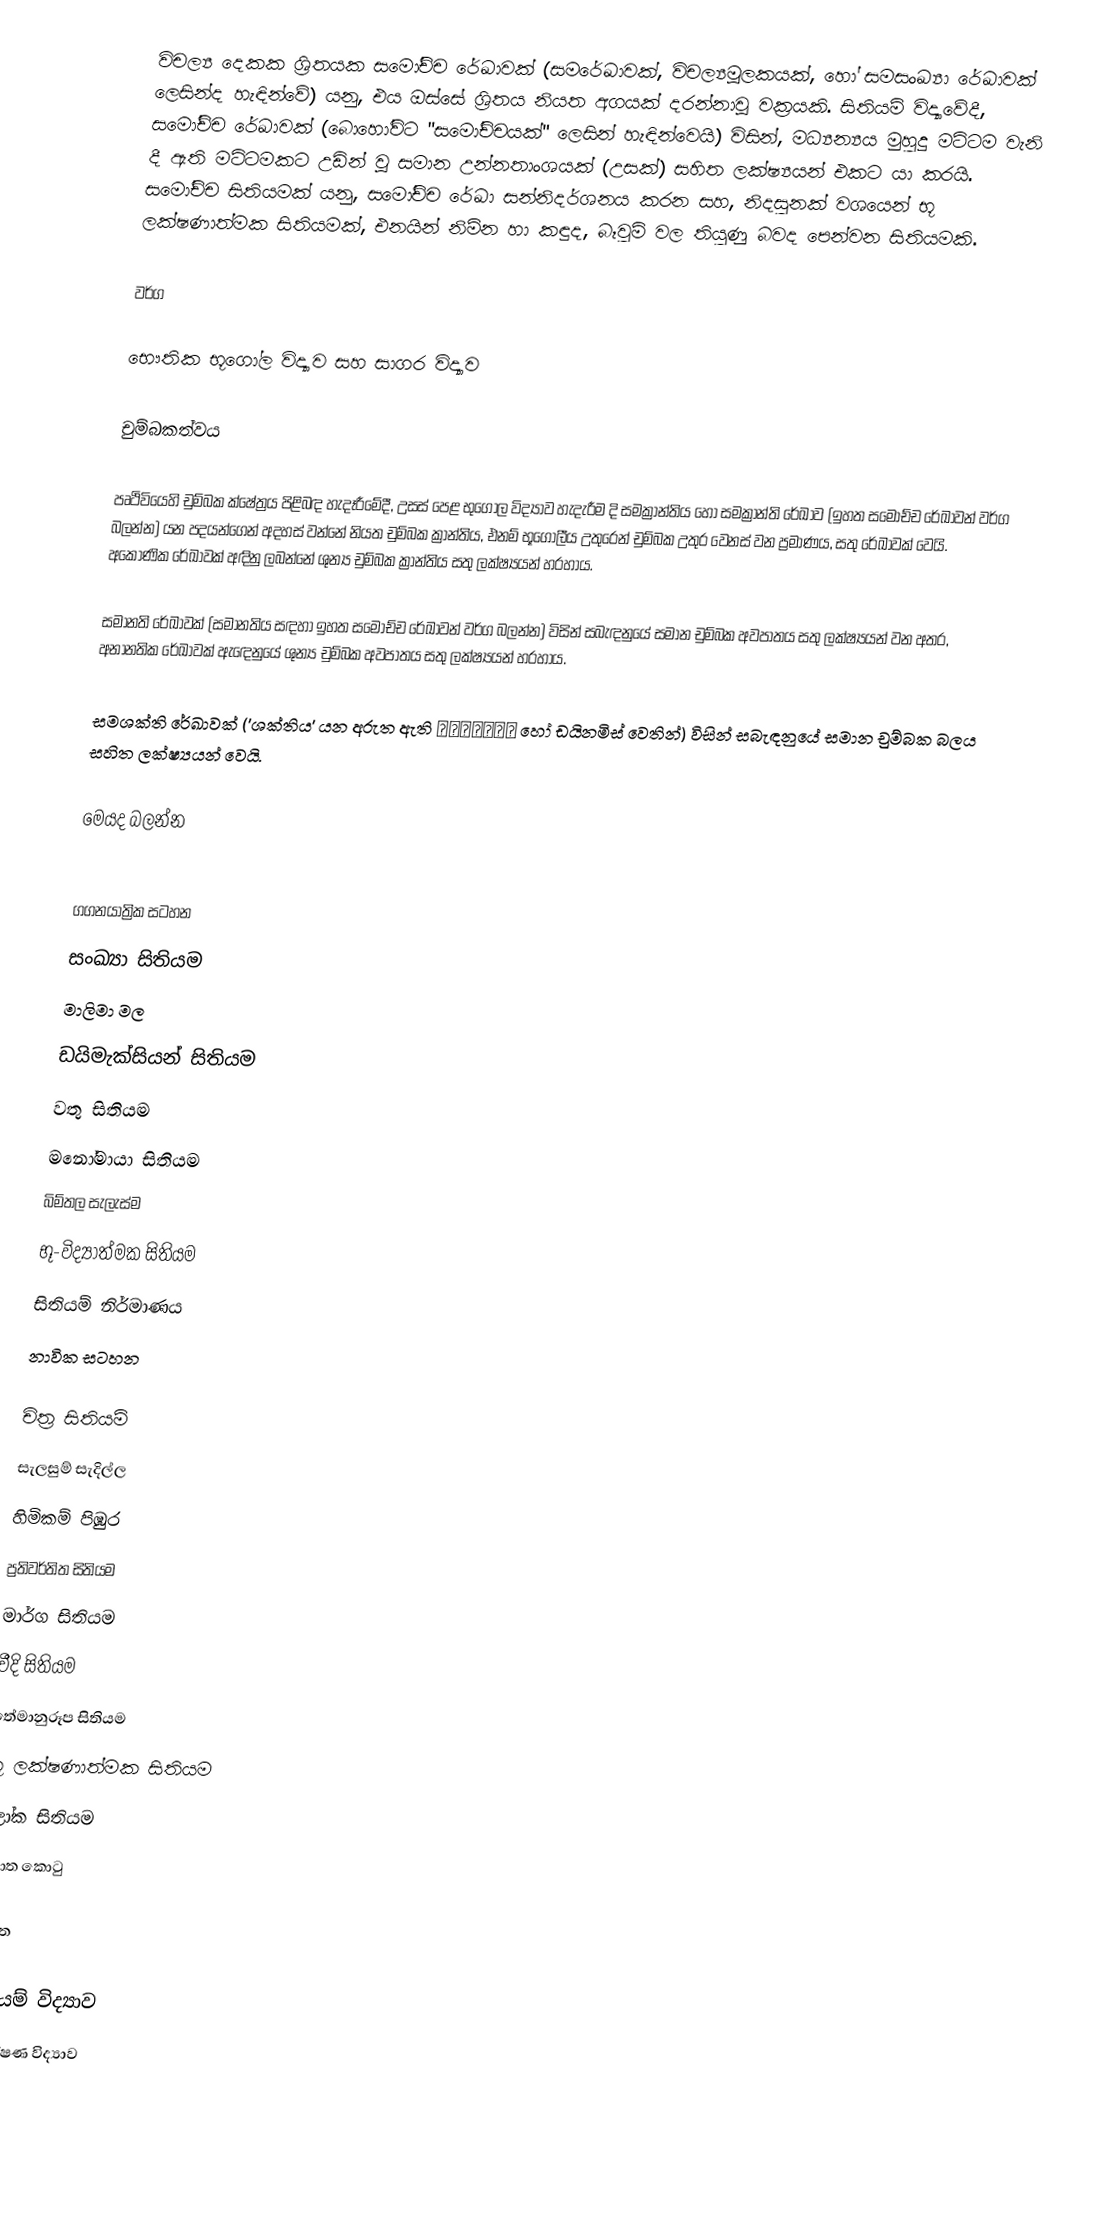
විචල්‍ය දෙකක ශ්‍රිතයක සමෝච්ච රේඛාවක් (සමරේඛාවක්, විචල්‍යමූලකයක්, හෝ සමසංඛ්‍යා රේඛාවක් ලෙසින්ද හැඳින්වේ) යනු, එය ඔස්සේ ශ්‍රිතය නියත අගයක් දරන්නාවූ වක්‍රයකි. සිතියම් විද්‍යාවේදී, සමෝච්ච රේඛාවක් (බොහෝවිට "සමෝච්චයක්" ලෙසින් හැඳින්වෙයි) විසින්,  මධ්‍යන්‍යය මුහුදු මට්ටම වැනි දී ඇති මට්ටමකට උඩින් වූ සමාන උන්නතාංශයක් (උසක්) සහිත ලක්ෂ්‍යයන් එකට යා කරයි.  සමෝච්ච සිතියමක් යනු, සමෝච්ච රේඛා සන්නිදර්ශනය කරන සහ, නිදසුනක් වශයෙන්  භූ ලක්ෂණාත්මක සිතියමක්, එනයින් නිම්න හා කඳුද, බෑවුම් වල තියුණු බවද පෙන්වන සිතියමකි.

වර්ග

භෞතික භූගෝල විද්‍යාව සහ සාගර විද්‍යාව

චුම්බකත්වය

පෘථිවියෙහි චුම්බක ක්ෂේත්‍රය පිළිබඳ හැදෑරීමේදී, උසස් පෙළ භුගොල විද්‍යාව හැදැරීම දි සමක්‍රාන්තිය හෝ සමක්‍රාන්ති රේඛාව (ඉහත සමෝච්ච රේඛාවන්  වර්ග බලන්න) යන පදයන්ගෙන් අදහස් වන්නේ නියත චුම්බක ක්‍රාන්තිය, එනම් භූගෝලීය උතුරෙන් චුම්බක උතුර වෙනස් වන ප්‍රමාණය,  සතු රේඛාවක් වෙයි. අකෝණික රේඛාවක් අඳිනු ලබන්නේ ශුන්‍ය චුම්බක ක්‍රාන්තිය සතු ලක්ෂ්‍යයන් හරහාය.

සමානති රේඛාවක් (සමානතිය සඳහා ඉහත සමෝච්ච රේඛාවන්  වර්ග බලන්න) විසින් සබැඳනුයේ සමාන චුම්බක අවපාතය සතු ලක්ෂ්‍යයන් වන අතර, අනානතික රේඛාවක් ඇ‍ඳෙනුයේ ශුන්‍ය චුම්බක අවපාතය සතු ලක්ෂ්‍යයන් හරහාය.

සමශක්ති රේඛාවක්  ('ශක්තිය' යන අරුත ඇති δύναμις හෝ ඩයිනමිස්  වෙතින්) විසින් සබැඳනුයේ  සමාන චුම්බක බලය සහිත ලක්ෂ්‍යයන් වෙයි.

මෙයද බලන්න

 ගගනයාත්‍රික සටහන
 සංඛ්‍යා සිතියම
 මාලිමා මල
 ඩයිමැක්සියන් සිතියම
 වතු සිතියම
 මනෝමායා සිතියම
 බිම්තල සැලැස්ම
 භූ-විද්‍යාත්මක සිතියම
 සිතියම් නිර්මාණය
 නාවික සටහන

චිත්‍ර සිතියම්
සැලසුම් සැදිල්ල
හිමිකම් පිඹුර
ප්‍රතිවර්තිත සිතියම
මාර්ග සිතියම
වීදි සිතියම
තේමානුරූප සිතියම
භූ ලක්ෂණාත්මක සිතියම
ලෝක සිතියම
ප්‍රයාත කොටු

ආශ්‍රිත

සිතියම් විද්‍යාව
භූ ලක්ෂණ විද්‍යාව
වක්‍ර